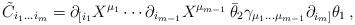
LaTeX: \begin{align*}\tilde C_{i_1\ldots i_m}= \partial_{[i_1}X^{\mu_1}\cdots \partial_{i_{m-1}}X^{\mu_{m-1}}\, \bar\theta_2\gamma_{\mu_1\ldots \mu_{m-1}} \partial_{i_{m}]}\theta_1\,,\end{align*}